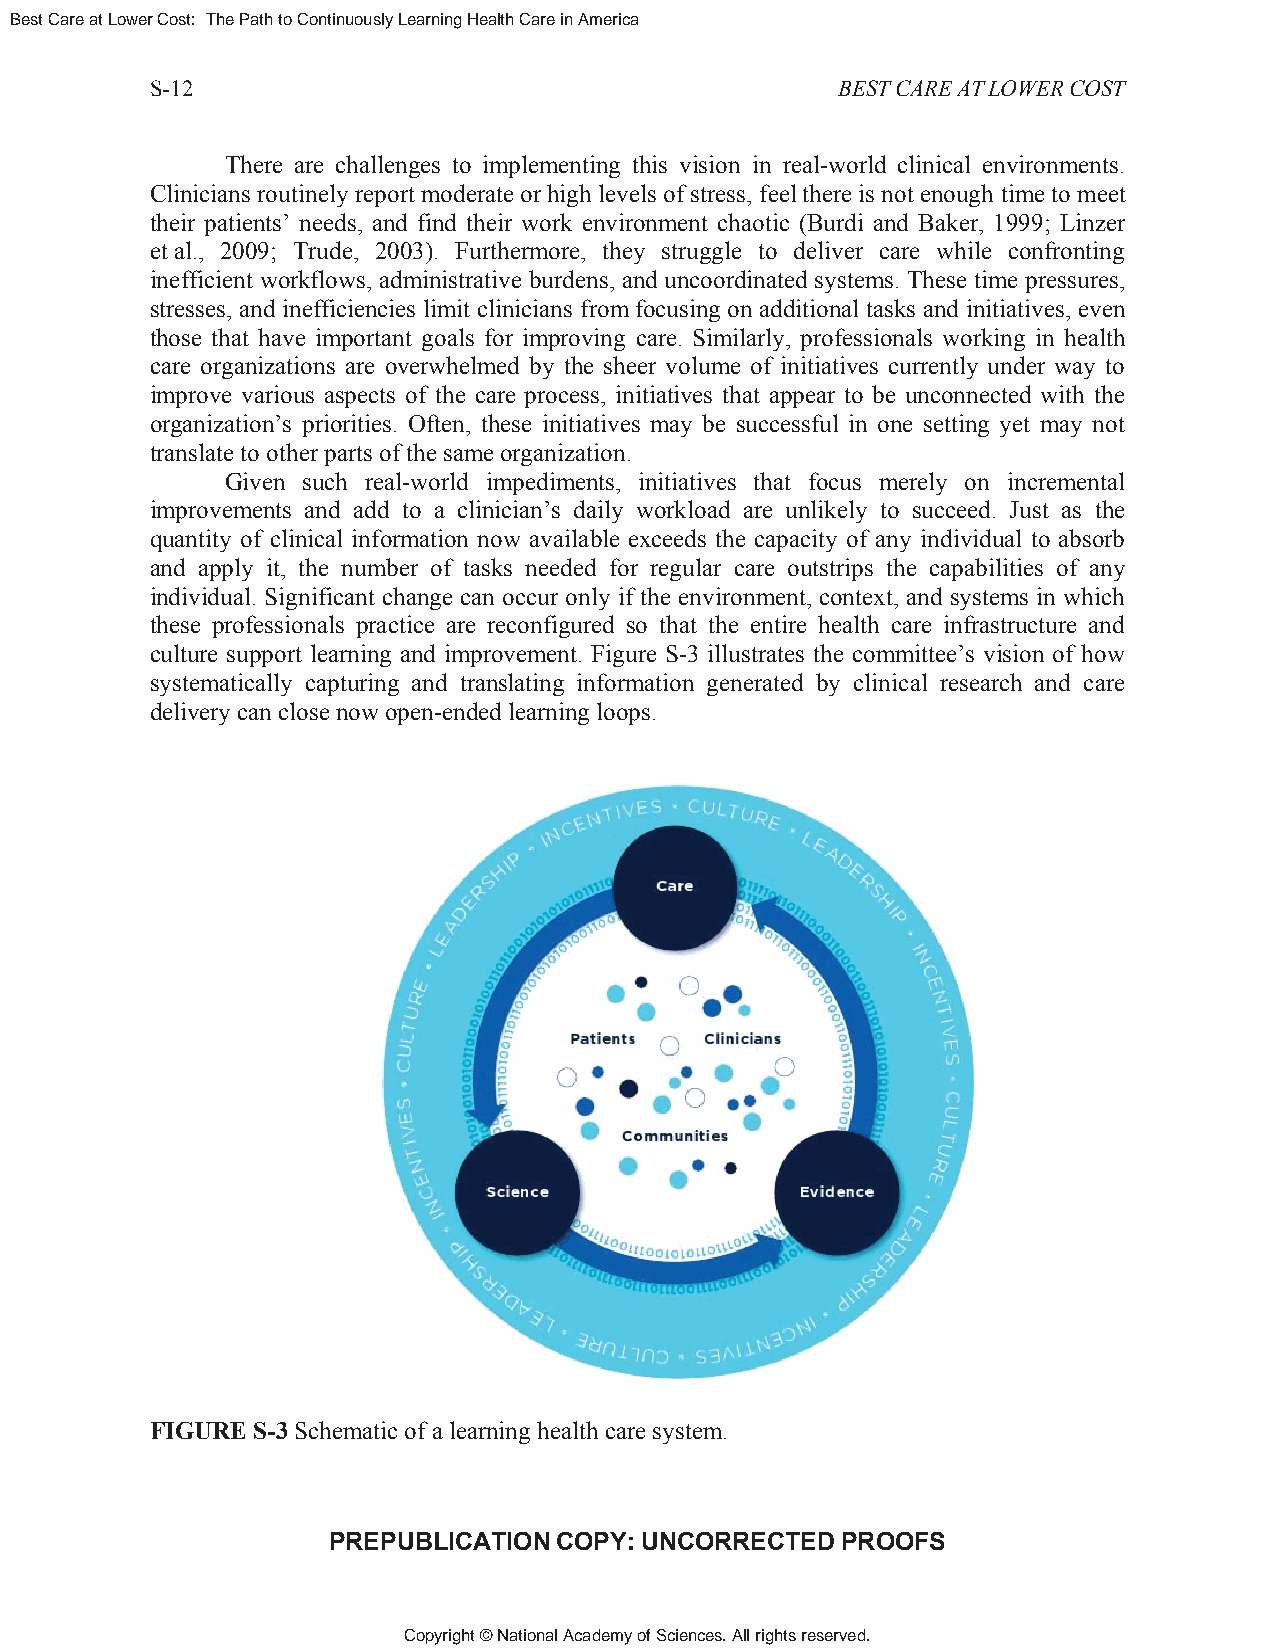
Best Care at Lower Cost: The Path to Continuously Learning Health Care in America
 S-12                                         BEST CARE AT LOWER COST
 There are challenges to implementing this vision in real-world clinical environments.
 Clinicians routinely report moderate or high levels of stress, feel there is not enough time to meet
 their patients’ needs, and find their work environment chaotic (Burdi and Baker, 1999; Linzer
 et al., 2009; Trude, 2003). Furthermore, they struggle to deliver care while confronting
 inefficient workflows, administrative burdens, and uncoordinated systems. These time pressures,
 stresses, and inefficiencies limit clinicians from focusing on additional tasks and initiatives, even
 those that have important goals for improving care. Similarly, professionals working in health
 care organizations are overwhelmed by the sheer volume of initiatives currently under way to
 improve various aspects of the care process, initiatives that appear to be unconnected with the
 organization’s priorities. Often, these initiatives may be successful in one setting yet may not
 translate to other parts of the same organization.
 Given such real-world impediments, initiatives that focus merely on incremental
 improvements and add to a clinician’s daily workload are unlikely to succeed. Just as the
 quantity of clinical information now available exceeds the capacity of any individual to absorb
 and apply it, the number of tasks needed for regular care outstrips the capabilities of any
 individual. Significant change can occur only if the environment, context, and systems in which
 these professionals practice are reconfigured so that the entire health care infrastructure and
 culture support learning and improvement. Figure S-3 illustrates the committee’s vision of how
 systematically capturing and translating information generated by clinical research and care
 delivery can close now open-ended learning loops.
 FIGURE S-3 Schematic of a learning health care system.
 PREPUBLICATION COPY: UNCORRECTED  PROOFS
 Copyright © National Academy of Sciences. All rights reserved.